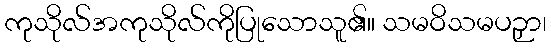
ကုသိုလ်အကုသိုလ်ကိုပြုသောသူ၏။ သမဝိသမပဉှာ၊